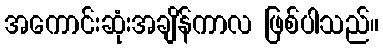
အကောင်းဆုံးအချိန်ကာလ ဖြစ်ပါသည်။